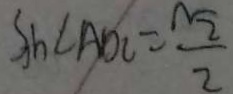
S _ { h } h \angle A D C = \frac { \sqrt { 2 } } { 2 }